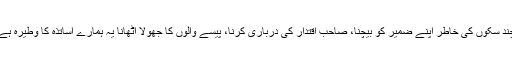
چند سکوں کی خاطر اپنے ضمیر کو بیچنا، صاحبِ اقتدار کی درباری کرنا، پیسے والوں کا جھولا اُٹھانا یہ ہمارے اساتذہ کا وطیرہ ہے۔